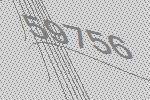
59756